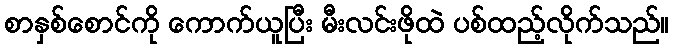
စာနှစ်စောင်ကို ကောက်ယူပြီး မီးလင်းဖိုထဲ ပစ်ထည့်လိုက်သည်။